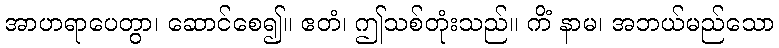
အာဟရာပေတွာ၊ ဆောင်စေ၍။ ဧတံ၊ ဤသစ်တုံးသည်။ ကိံ နာမ၊ အဘယ်မည်သော